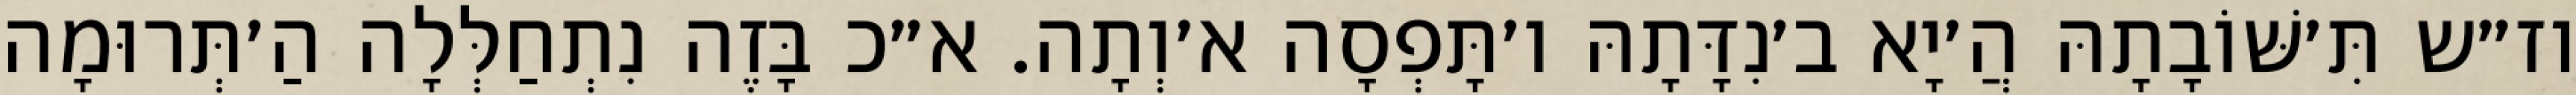
וז״ש תִּ׳שּׁוֹבָתָהּ הֲ׳יָא ב׳נִדָּתָהּ ו׳תָּפְסָה א׳וְתָה. א״כ בָּזֶה נִתְחַלְּלָה הַ׳תְּרוּמָה